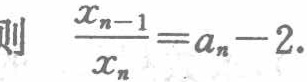
则 \(\frac{x_{n - 1}}{x_{n}} = a_{n} - 2\).